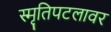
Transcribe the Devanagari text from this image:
स्मृतिपटलावर